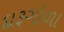
દારૂગોળા